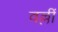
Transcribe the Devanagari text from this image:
वल्लीं